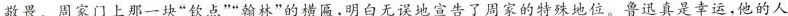
敬畏。周家门上那一块“钦点”“翰林”的横匾,明白无误地宣告了周家的特殊地位。鲁迅真是幸运,他的人